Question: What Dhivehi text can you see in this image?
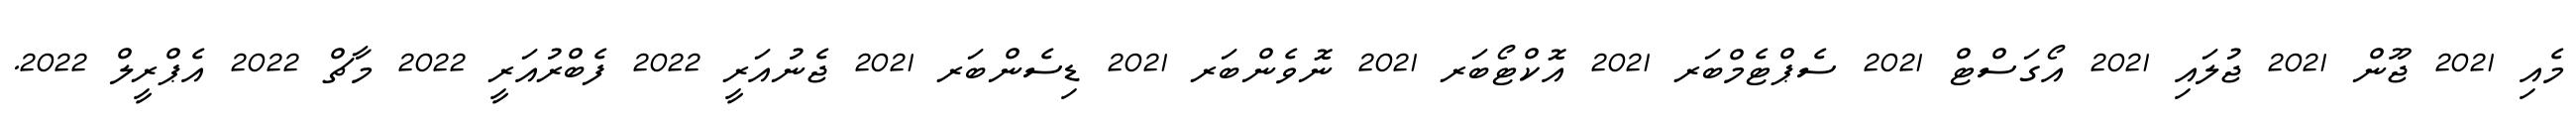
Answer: މެއި 2021 ޖޫން 2021 ޖުލައި 2021 އޯގަސްޓް 2021 ސެޕްޓެމްބަރ 2021 އޮކްޓޯބަރ 2021 ނޮވެންބަރ 2021 ޑިސެންބަރ 2021 ޖެނުއަރީ 2022 ފެބްރުއަރީ 2022 މާޗް 2022 އެޕްރީލް 2022.